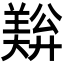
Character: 𬙺